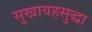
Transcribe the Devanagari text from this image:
सुखावहसुद्धा